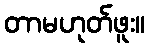
တာမဟုတ်ဖူး။